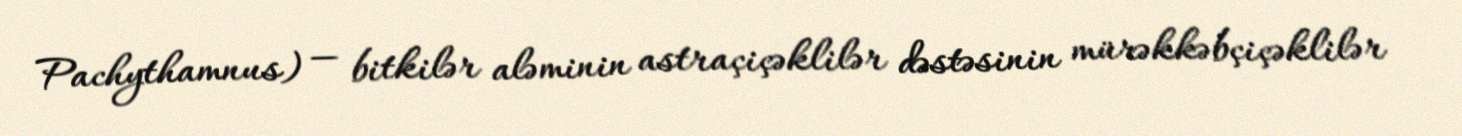
Pachythamnus) — bitkilər aləminin astraçiçəklilər dəstəsinin mürəkkəbçiçəklilər